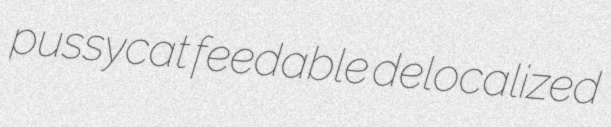
pussycat feedable delocalized